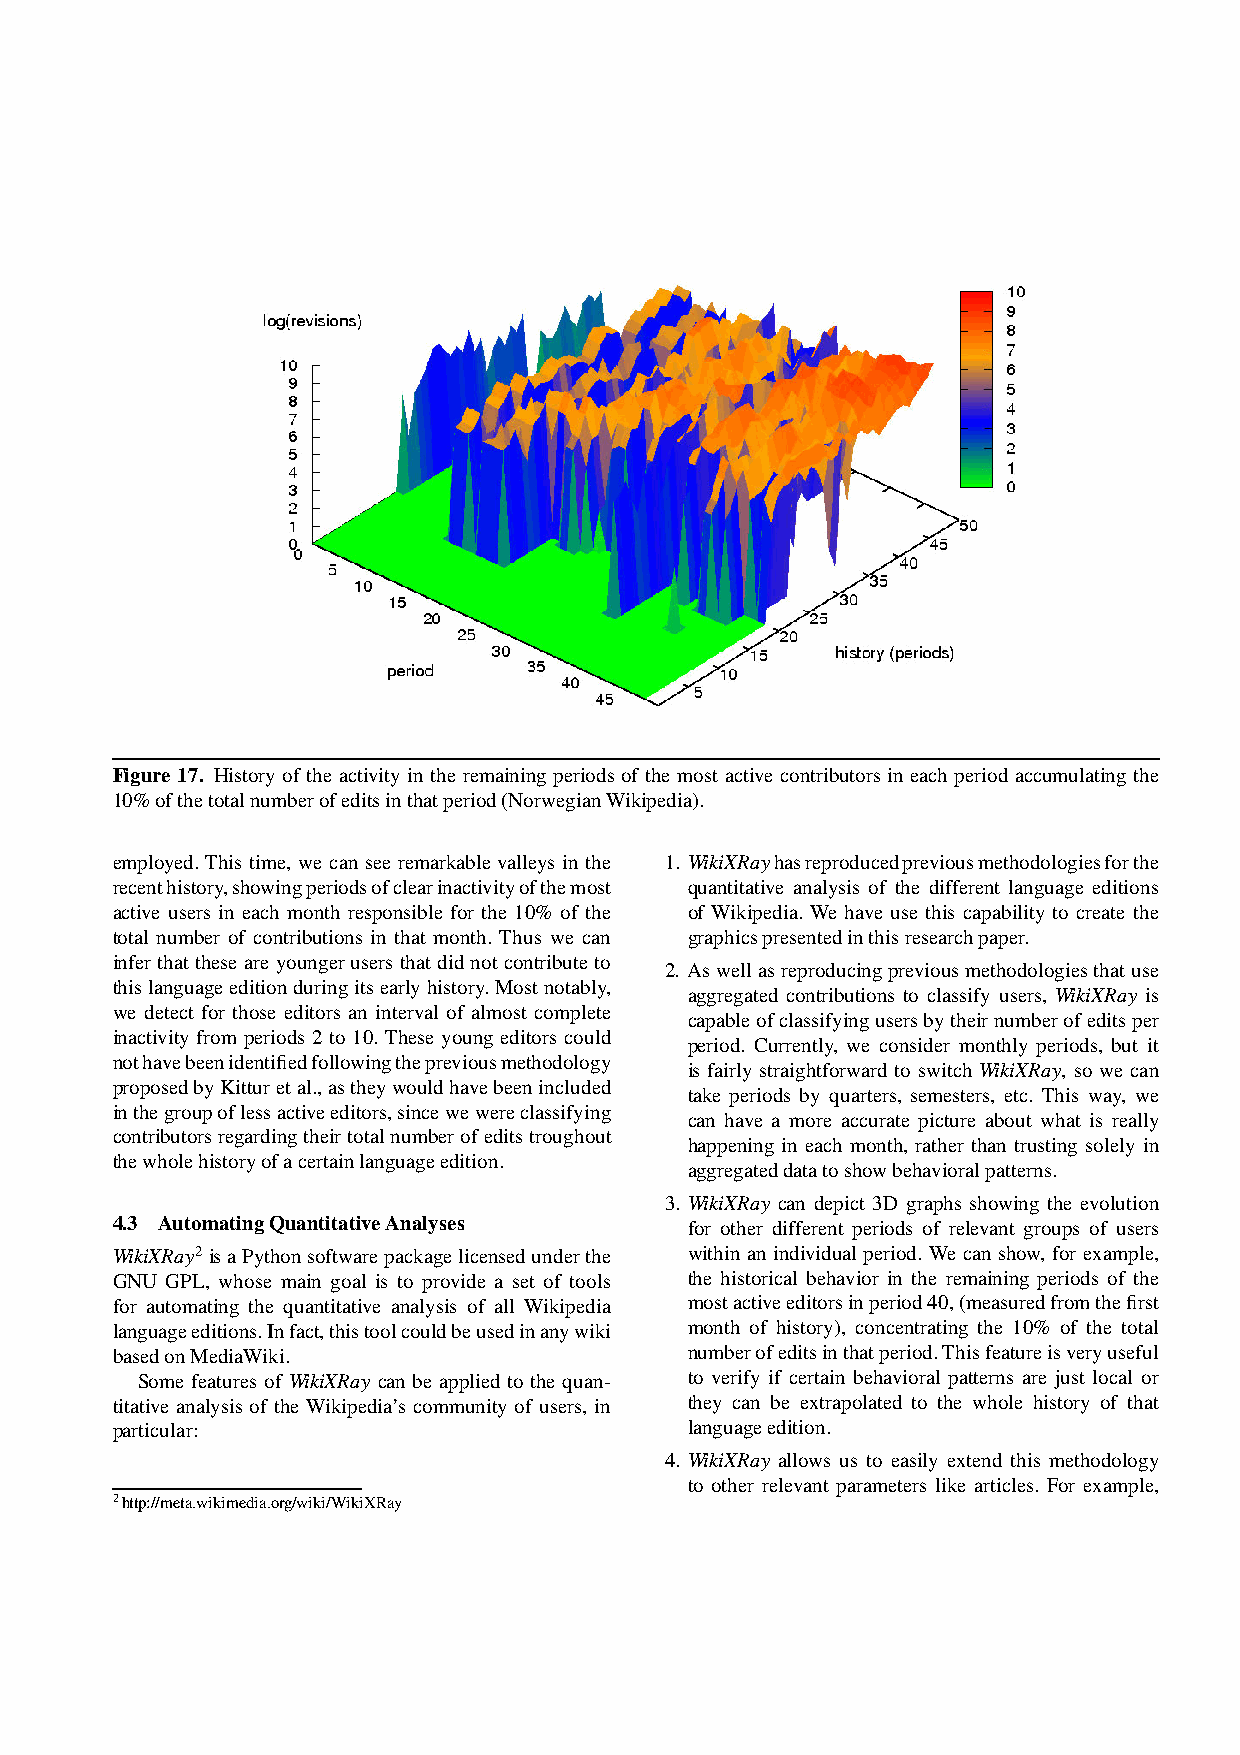
Figure 17. History of the activity in the remaining periodsof the most active contributorsin each period accumulating the
 10%ofthetotalnumberofeditsinthatperiod(NorwegianWikipedia).
 employed.This time, we can see remarkablevalleys in the 1. WikiXRayhasreproducedpreviousmethodologiesforthe
 recenthistory,showingperiodsofclearinactivityofthemost quantitative analysis of the different language editions
 active users in each month responsible for the 10% of the of Wikipedia. We have use this capability to create the
 total number of contributions in that month. Thus we can graphicspresentedinthisresearchpaper.
 infer thatthese are youngerusers that did notcontributeto
 2. Aswellasreproducingpreviousmethodologiesthatuse
 thislanguageeditionduringitsearlyhistory.Mostnotably,
 aggregated contributions to classify users, WikiXRay is
 we detect for those editors an interval of almost complete
 capableofclassifyingusersbytheirnumberofeditsper
 inactivity from periods 2 to 10. These young editors could
 period. Currently, we consider monthly periods, but it
 nothavebeenidentifiedfollowingthepreviousmethodology
 is fairly straightforward to switch WikiXRay, so we can
 proposedbyKitturetal.,astheywouldhavebeenincluded
 take periods by quarters, semesters, etc. This way, we
 inthegroupoflessactiveeditors,sincewewereclassifying
 can have a more accurate picture about what is really
 contributorsregardingtheirtotalnumberofeditstroughout
 happening in each month, rather than trusting solely in
 thewholehistoryofacertainlanguageedition.
 aggregateddatatoshowbehavioralpatterns.
 3. WikiXRay can depict 3D graphs showing the evolution
 4.3 AutomatingQuantitativeAnalyses     for other different periods of relevant groups of users
 WikiXRay2 isaPythonsoftwarepackagelicensedunderthe within an individualperiod. We can show, for example,
 GNU GPL, whose main goal is to provide a set of tools the historical behavior in the remaining periods of the
 for automating the quantitative analysis of all Wikipedia mostactiveeditorsinperiod40,(measuredfromthefirst
 languageeditions.Infact,thistoolcouldbeusedinanywiki month of history), concentrating the 10% of the total
 basedonMediaWiki.                      numberofeditsinthatperiod.Thisfeatureisveryuseful
 Some features of WikiXRay can be applied to the quan- to verify if certain behavioral patterns are just local or
 titative analysis of the Wikipedia’s community of users, in they can be extrapolated to the whole history of that
 particular:                            languageedition.
 4. WikiXRay allows us to easily extend this methodology
 to other relevant parameters like articles. For example,
 2http://meta.wikimedia.org/wiki/WikiXRay